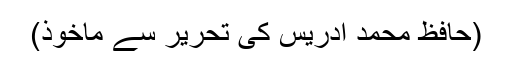
(حافظ محمد ادریس کی تحریر سے ماخوذ)